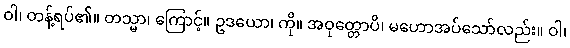
ဝါ၊ တန့်ရပ်၏။ တသ္မာ၊ ကြောင့်။ ဥဒယော၊ ကို။ အဝုတ္တောပိ၊ မဟောအပ်သော်လည်း။ ဝါ၊